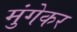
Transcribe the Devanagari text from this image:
मुंगेकर